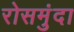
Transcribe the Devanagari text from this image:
रोसमुंदा